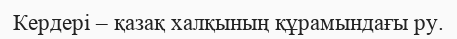
Кердері – қазақ халқының құрамындағы ру.